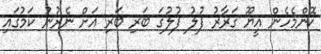
ކޮންމެހެން އީޔޫ ގަރާރު ފުލު ފުލުގަ ބަރި ބަރި އަށް ނެރުނު ކަމުގައި